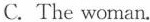
C. The woman.